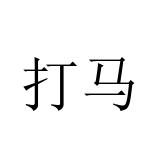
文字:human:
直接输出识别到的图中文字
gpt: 打马